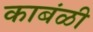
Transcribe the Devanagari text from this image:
काबंळी